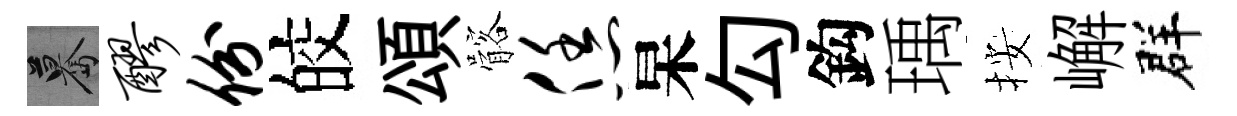
驀醪份皎頌髂恁杲勾鈎瑀按嶰群